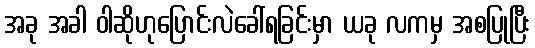
အခု အခါ ဝါဆိုဟုပြောင်းလဲခေါ်ရခြင်းမှာ ယခု လကမှ အစပြုပြီး